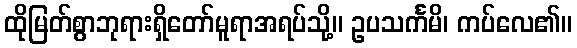
ထိုမြတ်စွာဘုရားရှိတော်မူရာအရပ်သို့။ ဥပသင်္ကမိ၊ ကပ်လေ၏။